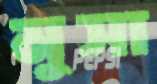
মুসা